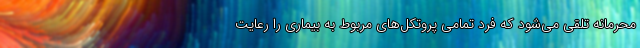
محرمانه تلقی می‌شود که فرد تمامی پروتکل‌های مربوط به بیماری را رعایت